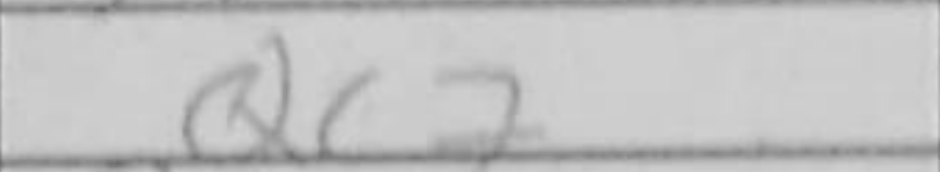
Transcription: Qc7